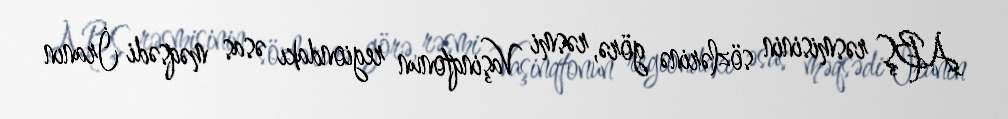
ABŞ rəsmisinin sözlərinə görə, rəsmi Vaşinqtonun regiondakı əsas məqsədi İranın